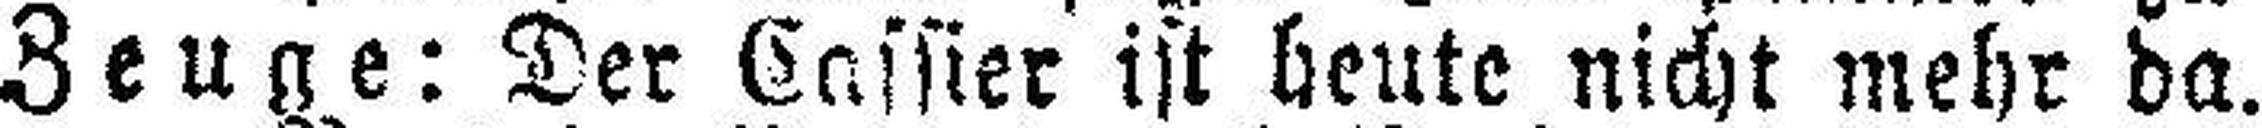
Zeuge: Der Cassier ist heute nicht mehr da.